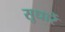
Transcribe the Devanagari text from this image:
सुधारें